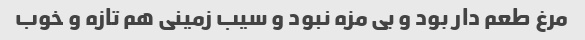
مرغ طعم دار بود و بی مزه نبود و سیب زمینی هم تازه و خوب